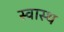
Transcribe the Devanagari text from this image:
स्‍वास्थ